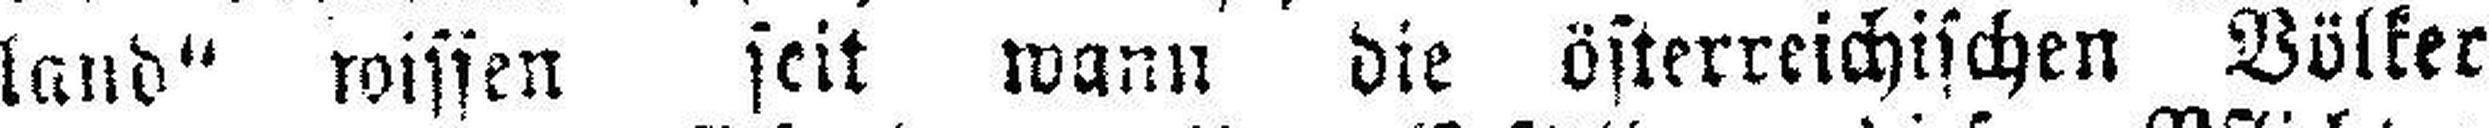
land“ wissen seit wann die österreichischen Völker